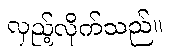
လှည့်လိုက်သည်။